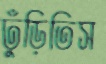
ঢুঁড়িতিস